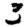
Digit: 3